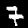
Label: 7